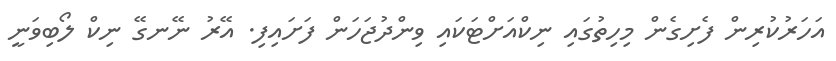
އަހަރުކުރިން ފެށިގެން މިހިތުގައި ނިކްއަށްޓަކައި ވިންދުޖަހަން ފަށައިފި. އޭރު ނޭނގޭ ނިކް ލޯބިވަނީ